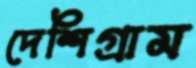
দেশিগ্রাম